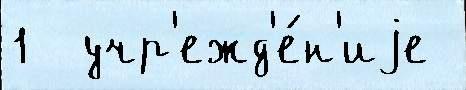
1  учр'ежд'е́н'иjе